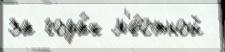
за года́х м'е́стной